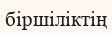
біршіліктің